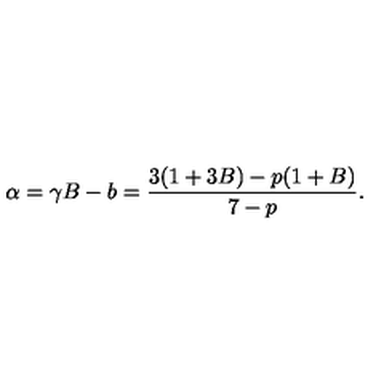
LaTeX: \alpha = \gamma B - b = \frac { 3 ( 1 + 3 B ) - p ( 1 + B ) } { 7 - p } .